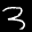
Label: 3